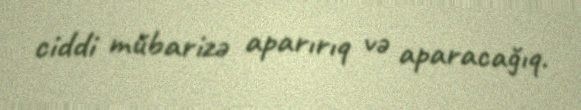
ciddi mübarizə aparırıq və aparacağıq.